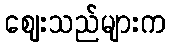
ဈေးသည်များက